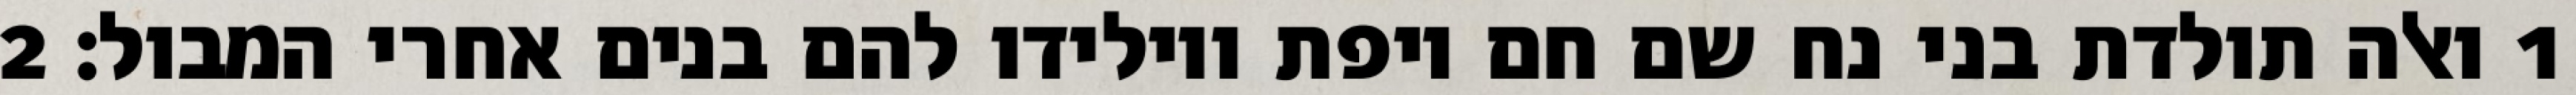
1 ואלה תולדת בני נח שם חם ויפת ויולידו להם בנים אחרי המבול׃ ‎2‏